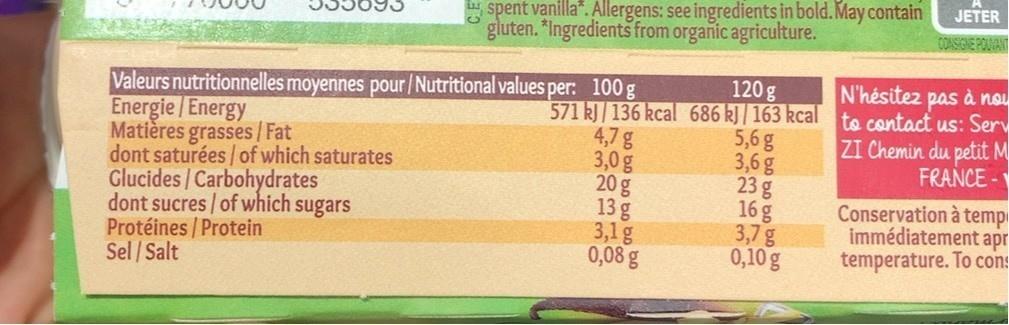
* spent vanilla". Allergens: see ingredients in bold. May contain gluten. "Ingredients from organic agriculture.
JETER
COASEIGNE POUMANT
120g
N'hésitez pas à nou
Valeurs nutritionnelles moyennes pour/Nutritional values per: 100g Energie / Energy Matières grasses / Fat dont saturées / of which saturates Glucides / Carbohydrates dont sucres / of which Protéines / Protein Sel /Salt
571 k)/ 136 kcal 686 kJ / 163 kcal to contact us: Serv 4,7g 3,0g 20g 13g 3,1g 0,08 g
ZI Chemin du petit M FRANCE -1
5,6 g 3,6 g 23 g 16 g 3,7g 0,10g
Conservation à temp immédiatement apr temperature. To cons
sugars